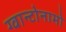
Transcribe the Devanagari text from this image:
ग्वान्टोनामो